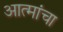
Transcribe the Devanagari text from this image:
आत्मांचा